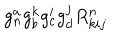
LaTeX: g _ { n } ^ { a } g _ { b } ^ { k } g _ { c } ^ { i } g _ { d } ^ { j } R _ { k i j } ^ { n }